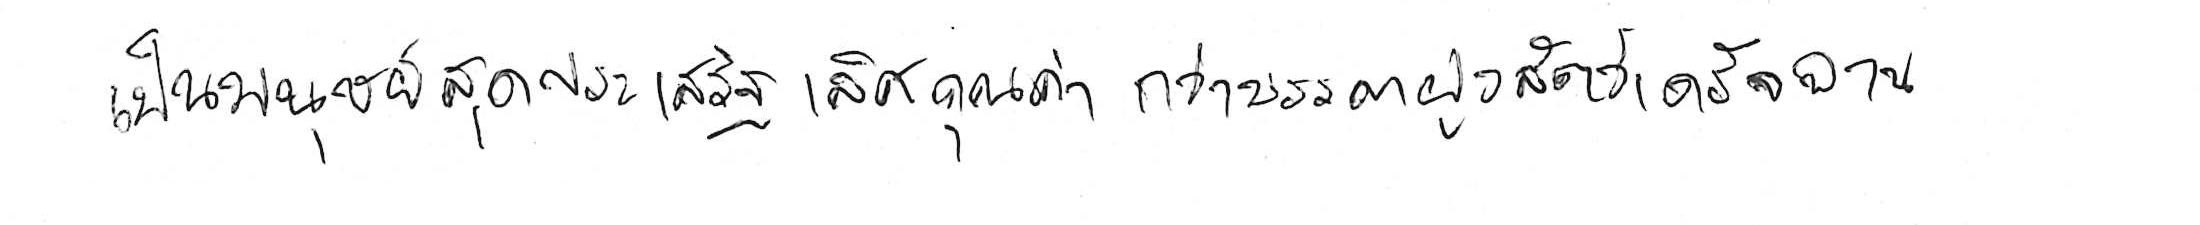
เป็นมนุษย์สุดประเสริฐเลิศคุณค่า กว่าบรรดาฝูงสัตว์เดรัจฉาน